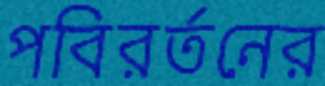
পবিরর্তনের